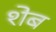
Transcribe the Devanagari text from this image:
शेब